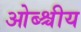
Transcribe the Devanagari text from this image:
ओब्श्चीय